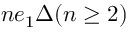
n e _ { 1 } \Delta ( n \geq 2 )